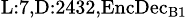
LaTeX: _{\textrm{L}:7,\textrm{D}:2432,\textrm{EncDec}_{\textrm{B}1}}